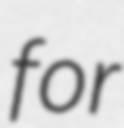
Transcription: for